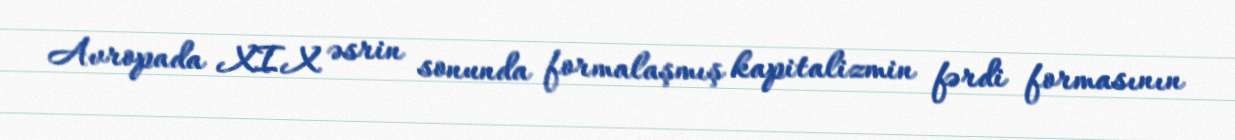
Avropada XIX əsrin sonunda formalaşmış kapitalizmin fərdi formasının